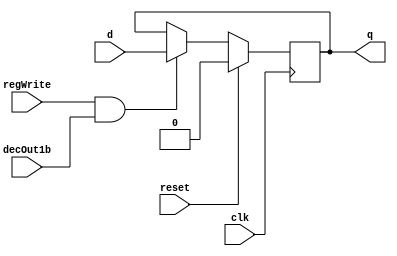
//RegisterFile.v

//D flip-flop implementation
module D_ff( input clk, input reset, input regWrite, input decOut1b , input d, output reg q);
    always @ (negedge clk)
    begin
    if(reset==1)
        q=0;
    else
        if(regWrite == 1 && decOut1b==1)
        begin
            q=d;
        end
    end
endmodule

//32 bit register
module register32bit(input clk, input reset, input regWrite, input decoderOut1bit, input[31:0] writeData, output[31:0] regOut);
//A N-bit register consists of N D flip-flops, each storing a bit of data.
//In this case, there will be 32 instances of D_ff, each taking writeData[0]...[31] as the d input and regOut[0]...[31] as the q output
//WRITE CODE HERE

    D_ff d0(clk, reset, regWrite, decoderOut1bit, writeData[0], regOut[0]);
    D_ff d1(clk, reset, regWrite, decoderOut1bit, writeData[1], regOut[1]);
    D_ff d2(clk, reset, regWrite, decoderOut1bit, writeData[2], regOut[2]);
    D_ff d3(clk, reset, regWrite, decoderOut1bit, writeData[3], regOut[3]);
    D_ff d4(clk, reset, regWrite, decoderOut1bit, writeData[4], regOut[4]);
    D_ff d5(clk, reset, regWrite, decoderOut1bit, writeData[5], regOut[5]);
    D_ff d6(clk, reset, regWrite, decoderOut1bit, writeData[6], regOut[6]);
    D_ff d7(clk, reset, regWrite, decoderOut1bit, writeData[7], regOut[7]);

    D_ff d8(clk, reset, regWrite, decoderOut1bit, writeData[8], regOut[8]);
    D_ff d9(clk, reset, regWrite, decoderOut1bit, writeData[9], regOut[9]);
    D_ff d10(clk, reset, regWrite, decoderOut1bit, writeData[10], regOut[10]);
    D_ff d11(clk, reset, regWrite, decoderOut1bit, writeData[11], regOut[11]);
    D_ff d12(clk, reset, regWrite, decoderOut1bit, writeData[12], regOut[12]);
    D_ff d13(clk, reset, regWrite, decoderOut1bit, writeData[13], regOut[13]);
    D_ff d14(clk, reset, regWrite, decoderOut1bit, writeData[14], regOut[14]);
    D_ff d15(clk, reset, regWrite, decoderOut1bit, writeData[15], regOut[15]);

    D_ff d16(clk, reset, regWrite, decoderOut1bit, writeData[16], regOut[16]);
    D_ff d17(clk, reset, regWrite, decoderOut1bit, writeData[17], regOut[17]);
    D_ff d18(clk, reset, regWrite, decoderOut1bit, writeData[18], regOut[18]);
    D_ff d19(clk, reset, regWrite, decoderOut1bit, writeData[19], regOut[19]);
    D_ff d20(clk, reset, regWrite, decoderOut1bit, writeData[20], regOut[20]);
    D_ff d21(clk, reset, regWrite, decoderOut1bit, writeData[21], regOut[21]);
    D_ff d22(clk, reset, regWrite, decoderOut1bit, writeData[22], regOut[22]);
    D_ff d23(clk, reset, regWrite, decoderOut1bit, writeData[23], regOut[23]);

    D_ff d24(clk, reset, regWrite, decoderOut1bit, writeData[24], regOut[24]);
    D_ff d25(clk, reset, regWrite, decoderOut1bit, writeData[25], regOut[25]);
    D_ff d26(clk, reset, regWrite, decoderOut1bit, writeData[26], regOut[26]);
    D_ff d27(clk, reset, regWrite, decoderOut1bit, writeData[27], regOut[27]);
    D_ff d28(clk, reset, regWrite, decoderOut1bit, writeData[28], regOut[28]);
    D_ff d29(clk, reset, regWrite, decoderOut1bit, writeData[29], regOut[29]);
    D_ff d30(clk, reset, regWrite, decoderOut1bit, writeData[30], regOut[30]);
    D_ff d31(clk, reset, regWrite, decoderOut1bit, writeData[31], regOut[31]);

endmodule

//Active high decoder
module decoder_5to32(input[4:0] in, output reg[31:0] decOut);
//WRITE CODE HERE
    always@(*) begin
        decOut = 1 << in;
    end
endmodule

// select 0 = in0 1 = in1
module mux2to1_5bit(input [4:0] in0, input [4:0] in1, input select, output reg [4:0] muxOut);
  //WRITE CODE HERE
    always @ *
	begin
		if(select) muxOut = in1;
		else if (~select) muxOut = in0;
	end
endmodule

module mux32to1_32bit(input[31:0] in0, input[31:0] in1, input[31:0] in2, input[31:0] in3, input[31:0] in4, input[31:0] in5, input[31:0] in6, input[31:0] in7,
    input[31:0] in8, input[31:0] in9, input[31:0] in10, input[31:0] in11, input[31:0] in12, input[31:0] in13, input[31:0] in14, input[31:0] in15,
    input[31:0] in16, input[31:0] in17, input[31:0] in18, input[31:0] in19, input[31:0] in20, input[31:0] in21, input[31:0] in22, input[31:0] in23,
    input[31:0] in24, input[31:0] in25, input[31:0] in26, input[31:0] in27, input[31:0] in28, input[31:0] in29, input[31:0] in30, input[31:0] in31,input[4:0] select,output reg[31:0] muxOut);
   //WRITE CODE HERE
	
    always @ *
	    begin
		    case (select)
		    5'b00000: muxOut = in0;
		    5'b00001: muxOut = in1;
		    5'b00010: muxOut = in2;
		    5'b00011: muxOut = in3;
		    5'b00100: muxOut = in4;
		    5'b00101: muxOut = in5;
		    5'b00110: muxOut = in6;
		    5'b00111: muxOut = in7;
		    5'b01000: muxOut = in8;
		    5'b01001: muxOut = in9;
		    5'b01010: muxOut = in10;
		    5'b01011: muxOut = in11;
		    5'b01100: muxOut = in12;
		    5'b01101: muxOut = in13;
		    5'b01110: muxOut = in14;
		    5'b01111: muxOut = in15;
		    5'b10000: muxOut = in16;
		    5'b10001: muxOut = in17;
		    5'b10010: muxOut = in18;
		    5'b10011: muxOut = in19;
		    5'b10100: muxOut = in20;
		    5'b10101: muxOut = in21;
		    5'b10110: muxOut = in22;
		    5'b10111: muxOut = in23;
		    5'b11000: muxOut = in24;
		    5'b11001: muxOut = in25;
		    5'b11010: muxOut = in26;
		    5'b11011: muxOut = in27;
		    5'b11100: muxOut = in28;
		    5'b11101: muxOut = in29;
		    5'b11110: muxOut = in30;
		    5'b11111: muxOut = in31;
	   	    endcase
	   end


endmodule

//register set with 32 registers
module registerSet(input clk, input reset, input regWrite, input[31:0] decoderOut, input[31:0] writeData, 
    output [31:0] outR0, output[31:0] outR1, output[31:0] outR2, output[31:0] outR3, output[31:0] outR4, output[31:0] outR5, output[31:0] outR6, output[31:0] outR7,
    output [31:0] outR8, output[31:0] outR9, output[31:0] outR10, output[31:0] outR11, output[31:0] outR12, output[31:0] outR13, output[31:0] outR14, output[31:0] outR15,
    output [31:0] outR16, output[31:0] outR17, output[31:0] outR18, output[31:0] outR19, output[31:0] outR20, output[31:0] outR21, output[31:0] outR22, output[31:0] outR23,
    output [31:0] outR24, output[31:0] outR25, output[31:0] outR26, output[31:0] outR27, output[31:0] outR28, output[31:0] outR29, output[31:0] outR30, output[31:0] outR31);
    //WRITE CODE HERE
    
    register32bit r0(clk, reset, regWrite, decoderOut[0], writeData, outR0);
    register32bit r1(clk, reset, regWrite, decoderOut[1], writeData, outR1);
    register32bit r2(clk, reset, regWrite, decoderOut[2], writeData, outR2);
    register32bit r3(clk, reset, regWrite, decoderOut[3], writeData, outR3);
    register32bit r4(clk, reset, regWrite, decoderOut[4], writeData, outR4);
    register32bit r5(clk, reset, regWrite, decoderOut[5], writeData, outR5);
    register32bit r6(clk, reset, regWrite, decoderOut[6], writeData, outR6);
    register32bit r7(clk, reset, regWrite, decoderOut[7], writeData, outR7);

    register32bit r8(clk, reset, regWrite, decoderOut[8], writeData, outR8);
    register32bit r9(clk, reset, regWrite, decoderOut[9], writeData, outR9);
    register32bit r10(clk, reset, regWrite, decoderOut[10], writeData, outR10);
    register32bit r11(clk, reset, regWrite, decoderOut[11], writeData, outR11);
    register32bit r12(clk, reset, regWrite, decoderOut[12], writeData, outR12);
    register32bit r13(clk, reset, regWrite, decoderOut[13], writeData, outR13);
    register32bit r14(clk, reset, regWrite, decoderOut[14], writeData, outR14);
    register32bit r15(clk, reset, regWrite, decoderOut[15], writeData, outR15);

    register32bit r16(clk, reset, regWrite, decoderOut[16], writeData, outR16);
    register32bit r17(clk, reset, regWrite, decoderOut[17], writeData, outR17);
    register32bit r18(clk, reset, regWrite, decoderOut[18], writeData, outR18);
    register32bit r19(clk, reset, regWrite, decoderOut[19], writeData, outR19);
    register32bit r20(clk, reset, regWrite, decoderOut[20], writeData, outR20);
    register32bit r21(clk, reset, regWrite, decoderOut[21], writeData, outR21);
    register32bit r22(clk, reset, regWrite, decoderOut[22], writeData, outR22);
    register32bit r23(clk, reset, regWrite, decoderOut[23], writeData, outR23);

    register32bit r24(clk, reset, regWrite, decoderOut[24], writeData, outR24);
    register32bit r25(clk, reset, regWrite, decoderOut[25], writeData, outR25);
    register32bit r26(clk, reset, regWrite, decoderOut[26], writeData, outR26);
    register32bit r27(clk, reset, regWrite, decoderOut[27], writeData, outR27);
    register32bit r28(clk, reset, regWrite, decoderOut[28], writeData, outR28);
    register32bit r29(clk, reset, regWrite, decoderOut[29], writeData, outR29);
    register32bit r30(clk, reset, regWrite, decoderOut[30], writeData, outR30);
    register32bit r31(clk, reset, regWrite, decoderOut[31], writeData, outR31);


endmodule

module registerFile(input clk, input reset, input regWrite, input[4:0] rs, input[4:0] rt, input[4:0] rd0, input[4:0] rd1, input[31:0] writeData, input select, output[31:0] regRs, output[31:0] regRt);
    //WRITE CODE HERE

    wire [4:0] muxOut;
    wire [31:0] decOut;
    wire [31:0] ouR0, ouR1, outR2, outR3, outR4, outR5, outR6, outR7,
                outR8, outR9, outR10, outR11, outR12, outR13, outR14, outR15,
                outR16, outR17, outR18, outR19, outR20, outR21, outR22, outR23,
                outR24, outR25, outR26, outR27, outR28, outR29, outR30, outR31;

    mux2to1_5bit mx(rd0, rd1, select, muxOut);
    decoder_5to32 d(muxOut, decOut);
    registerSet r(clk, reset, regWrite, decOut, writeData,
                    ouR0, ouR1, outR2, outR3, outR4, outR5, outR6, outR7,
                    outR8, outR9, outR10, outR11, outR12, outR13, outR14, outR15,
                    outR16, outR17, outR18, outR19, outR20, outR21, outR22, outR23,
                    outR24, outR25, outR26, outR27, outR28, outR29, outR30, outR31);
    mux32to1_32bit m0(ouR0, ouR1, outR2, outR3, outR4, outR5, outR6, outR7,
                    outR8, outR9, outR10, outR11, outR12, outR13, outR14, outR15,
                    outR16, outR17, outR18, outR19, outR20, outR21, outR22, outR23,
                    outR24, outR25, outR26, outR27, outR28, outR29, outR30, outR31,
                    rs, regRs);
    mux32to1_32bit m1(ouR0, ouR1, outR2, outR3, outR4, outR5, outR6, outR7,
                    outR8, outR9, outR10, outR11, outR12, outR13, outR14, outR15,
                    outR16, outR17, outR18, outR19, outR20, outR21, outR22, outR23,
                    outR24, outR25, outR26, outR27, outR28, outR29, outR30, outR31,
                    rt, regRt);
endmodule


module testbench();
//inputs
    reg clk,reset,regWrite,select;
    reg [4:0] rs,rt,rd1,rd0;
    reg [31:0] writeData;
//outputs
    wire [31:0] outR0;
    wire [31:0] outR1;
//instantiate module
    registerFile uut(clk,reset,regWrite,rs,rt,rd0,rd1,writeData,select,outR0,outR1);

always begin #5 clk=~clk; end
    initial
    begin 
        $dumpfile("2018A7PS0182G_Lab2.vcd"); //replace yourID with your BITS ID here
        $dumpvars(0,testbench);
        clk=0; reset=1; rs=5'd0; rt=5'd1; rd1=5'd0; rd0=5'd2; //reset is active high, so outR0 and outR1 will be 0
        #5 reset=0; select=1; regWrite=1; rd1=5'd1; writeData=32'd1; //1 is written to register 1, since regWrite is active and rd1 is selected
        #10 rd1=5'd3; writeData=32'd3; //3 is written to register 3
        #10 rd1=5'd10; writeData=32'd10; rs=5'd1; rt=5'd3; //10 is written to register 10, outR0 is 1 and outR1 is 3 (values of reg1 and reg3)
        #10 rd1=5'd27; writeData=32'd27; rs=5'd0; rt=5'd10; //27 is written to register 27, outR0 is 0 and outR1 is 10
        #10 select=0; writeData=32'd21; //21 is written to register 2 since select now selects rd0
        #10 rd0=5'd4; writeData=32'd4; //4 is written to register 4
        #10 rd0=5'd16; writeData=32'd16; //16 is written to register 16
        #10 regWrite=0; rs=5'd0; rt=5'd1; //regWrite is 0, no more values will be written. outR0 is 0 and outR1 is 1
        #10 rs=5'd3;rt=5'd2; //outR0 is 3 and outR1 is 21
        #10 rs=5'd10;rt=5'd4; //outR0 is 10 and outR1 is 4
        #10 rs=5'd27;rt=5'd16; //outR0 is 27 and outR1 is 16
        #10 $finish;
    end
endmodule